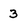
Character: 3